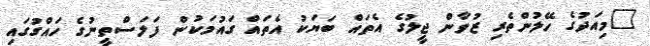
"މިއަދުގެ ހޭލުންތެރި ޒުވާން ޖީލުގެ އެތައް ބަޔަކު އެތައް ގައުމަކުން ފަލަސްތީނުގެ ހައްގުގައި